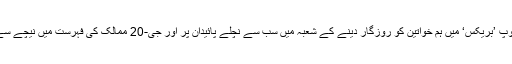
نتیجتاً ترقی پذیر ممالک کے گروپ ’بریکس‘ میں ہم خواتین کو روزگار دینے کے شعبہ میں سب سے نچلے پائیدان پر اور جی-20 ممالک کی فہرست میں نیچے سے دوسرے پائیدان پر کھڑے ہیں۔